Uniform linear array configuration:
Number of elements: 12
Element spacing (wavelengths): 0.25
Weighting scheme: hamming
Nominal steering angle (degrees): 60
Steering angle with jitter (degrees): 61.988
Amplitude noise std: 0.05
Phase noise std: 0.05

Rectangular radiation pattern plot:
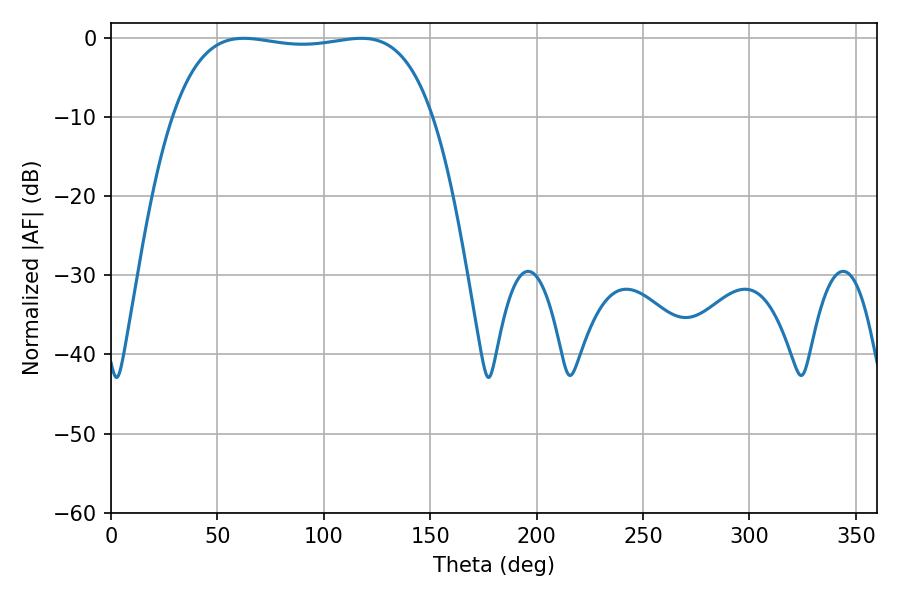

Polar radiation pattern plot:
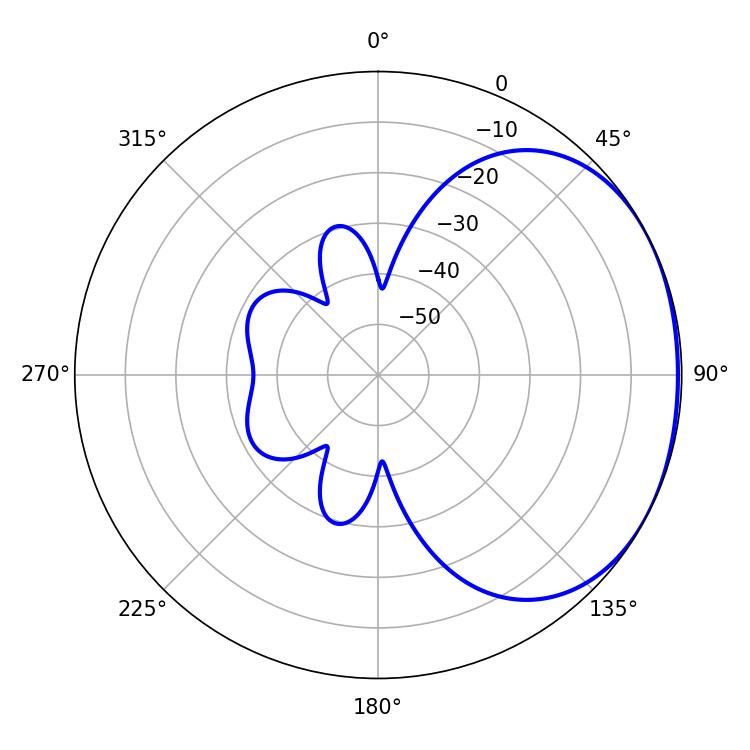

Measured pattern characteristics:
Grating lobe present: FALSE
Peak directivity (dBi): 1.519
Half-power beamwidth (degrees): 97.2
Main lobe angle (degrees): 62.28